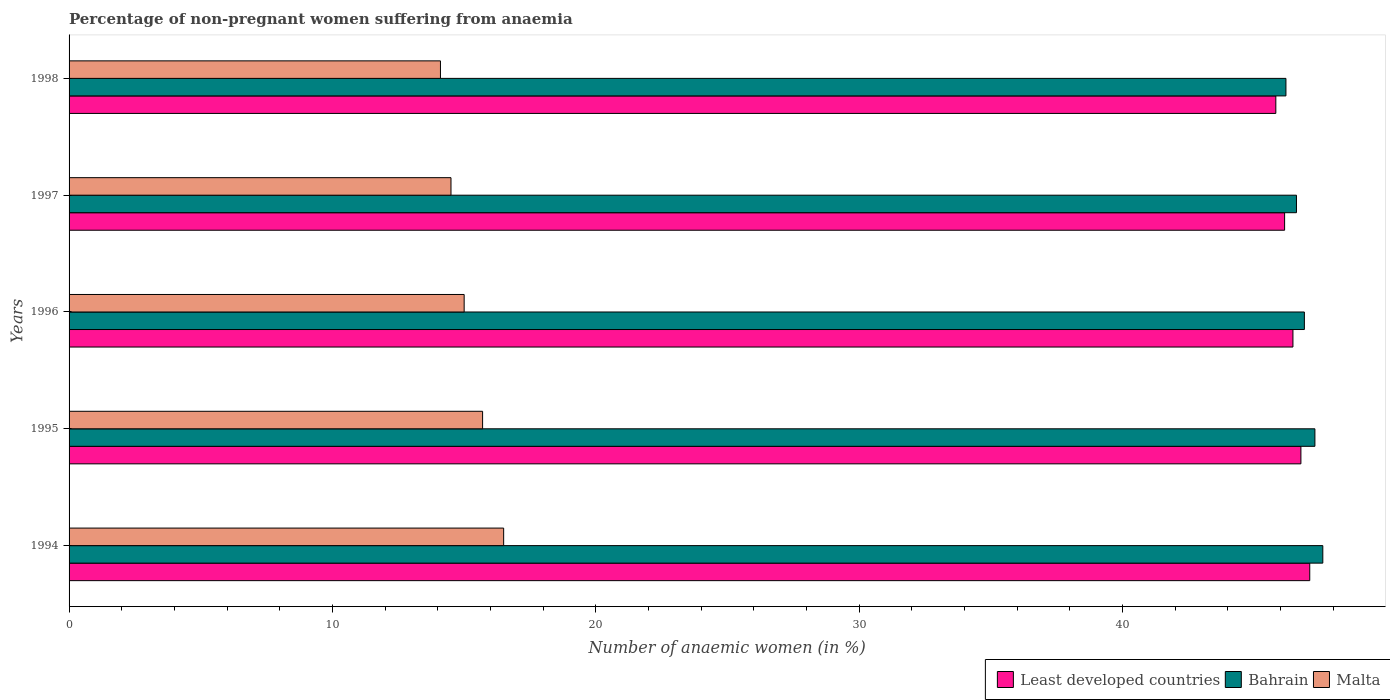
| Years | Least developed countries | Bahrain | Malta |
 | --- | --- | --- | --- |
 | 1994 | 47.1 | 47.6 | 16.5 |
 | 1995 | 46.8 | 47.3 | 15.7 |
 | 1996 | 46.5 | 46.9 | 15 |
 | 1997 | 46.1 | 46.6 | 14.5 |
 | 1998 | 45.8 | 46.2 | 14.1 |